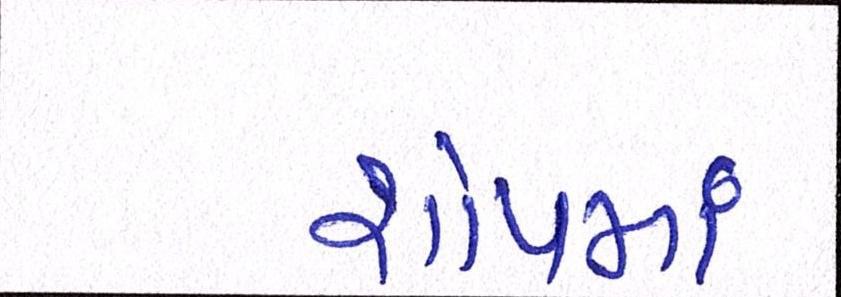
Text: શોપમાં